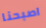
اصبحنا